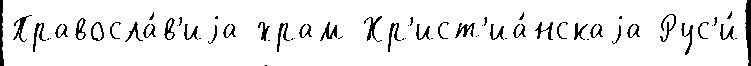
Правосла́в'иjа храм Хр'ист'иа́нскаjа Рус'и́